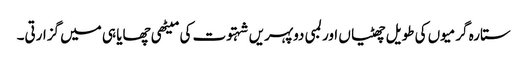
ستارہ گرمیوں کی طویل چھٹیاں اور لمبی دوپہریں شہتوت کی میٹھی چھایا ہی میں گزارتی۔